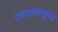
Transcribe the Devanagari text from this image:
पंचावयवयुक्त